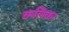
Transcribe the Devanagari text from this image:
कलिकर